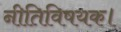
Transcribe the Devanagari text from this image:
नीतिविषयक।